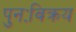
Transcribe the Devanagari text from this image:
पुनःविक्रय